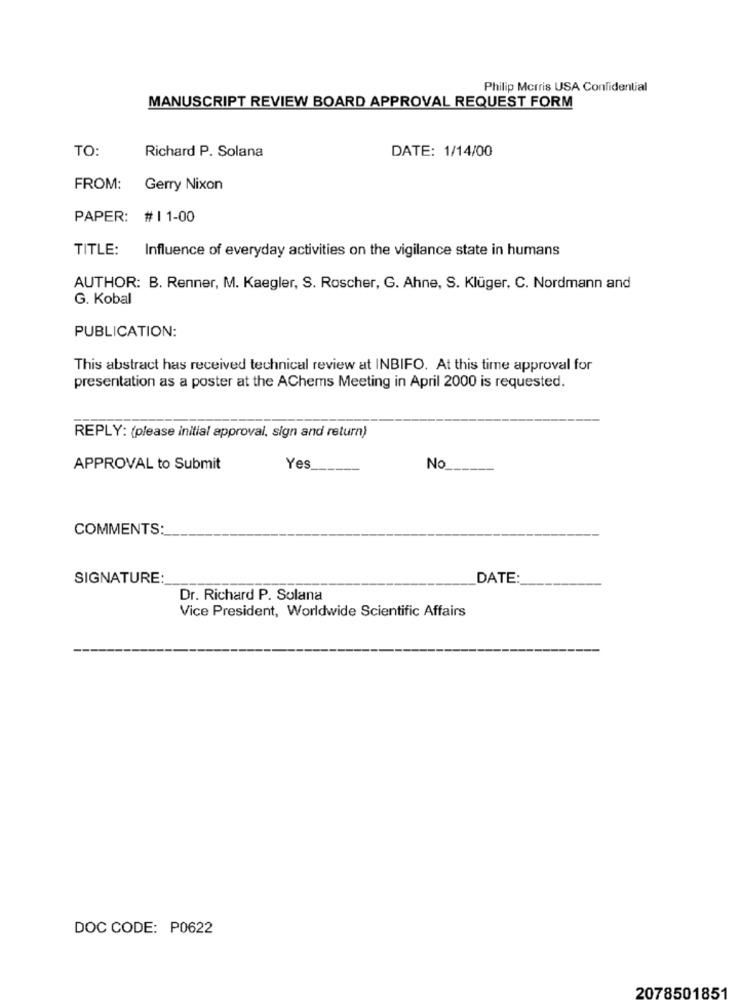
Philip Morris USA Confidential
MANUSCRIPT REVIEW BOARD APPROVAL REQUEST FORM
TO:
DATE: 1/14/00
Richard P. Solana
FROM: Gerry Nixon
PAPER: # 11-00
TITLE:
Influence of everyday activities on the vigilance state in humans
AUTHOR: B. Renner, M. Kaegler, S. Roscher, G. Ahne, S. Klüger, C. Nordmann and
G. Kobal
PUBLICATION:
This abstract has received technical review at INBIFO. At this time approval for
presentation as a poster at the AChems Meeting in April 2000 is requested.
REPLY: (please initial approval, sign and return)
APPROVAL to Submit
Yes
No
COMMENTS:
SIGNATURE:
DATE
Dr. Richard P. Solana
Vice President, Worldwide Scientific Affairs
DOC CODE: P0622
2078501851